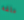
ملفه